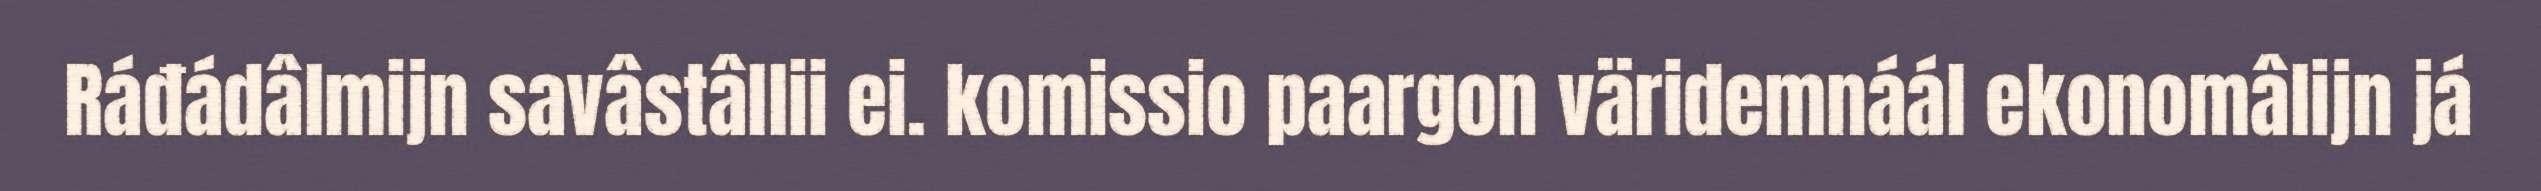
Ráđádâlmijn savâstâllii ei. komissio paargon väridemnáál ekonomâlijn já